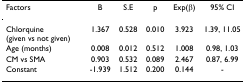
| Factors | B | S.E | p | Exp(β) | 95% CI |
 | --- | --- | --- | --- | --- | --- |
 | Chlorquine (given vs not given) | 1.367 | 0.528 | 0.010 | 3.923 | 1.39, 11.05 |
 | Age (months) | 0.008 | 0.012 | 0.512 | 1.008 | 0.98, 1.03 |
 | CM vs SMA | 0.903 | 0.532 | 0.089 | 2.467 | 0.87, 6.99 |
 | Constant | -1.939 | 1.512 | 0.200 | 0.144 | - |